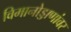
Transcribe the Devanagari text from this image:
विमानोड्डाणांवर